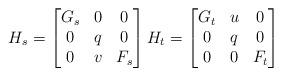
LaTeX: \begin{align*}H_s=\begin{bmatrix}G_s&0&0\\0&q&0\\0&v&F_s\end{bmatrix}H_t=\begin{bmatrix}G_t&u&0\\0&q&0\\0&0&F_t\end{bmatrix}\end{align*}